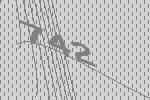
742